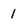
Character: 1